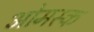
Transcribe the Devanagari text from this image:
ओमस्क